Indian journal of veterinary science and animal husbandry - Volume 9,
Year: 1939
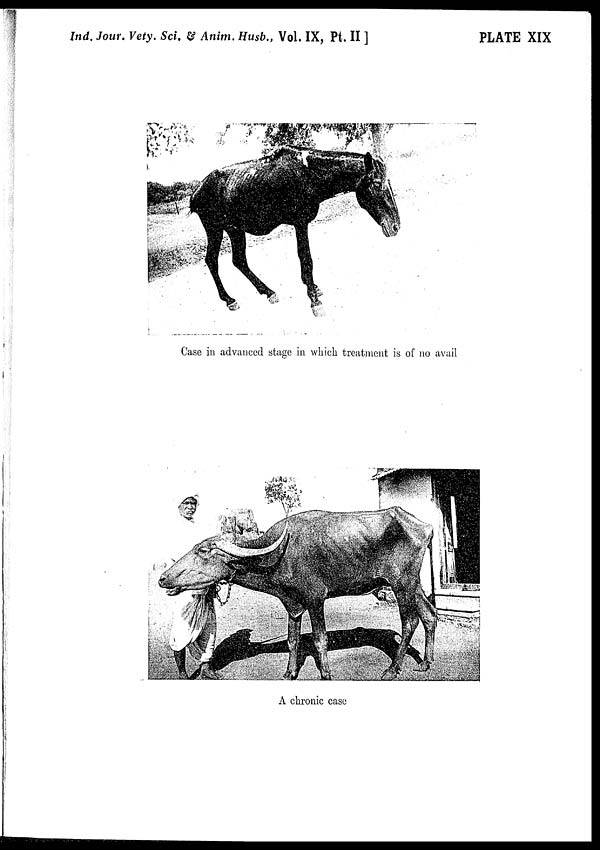
Ind. Jour. Vety. Sci. & Anim. Husb., Vol. IX, Pt. II ]
PLATE XIX
Case in advanced stage in which treatment is of no avail
A chronic case